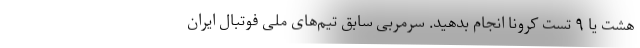
هشت یا ۹ تست کرونا انجام بدهید. سرمربی سابق تیم‌های ملی فوتبال ایران